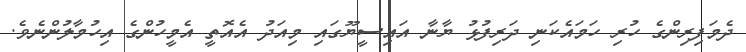
ދެމަފިރިންގެ ހުރި ހަމައެކަނި ދަރިފުޅު ޔާނާ އައިސީޔޫގައި މިއަދު އެއޮތީ އެމީހުންގެ އިހުމާލުންނެވެ.